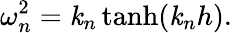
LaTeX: \omega_{n}^{2}=\mathit{k}_{n}\operatorname{tanh}(\mathit{k}_{n}h).